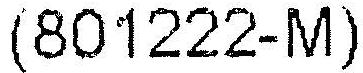
(801222-M)